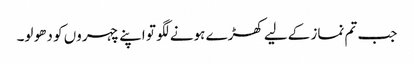
جب تم نماز کےلیے کھڑے ہونے لگو تو اپنے چہروں کو دھو لو۔